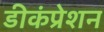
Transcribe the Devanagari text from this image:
डीकंप्रेशन